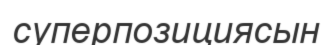
суперпозициясын